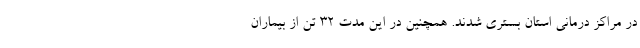
در مراکز درمانی استان بستری شدند. همچنین در این مدت ۳۲ تن از بیماران